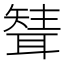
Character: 𦗊